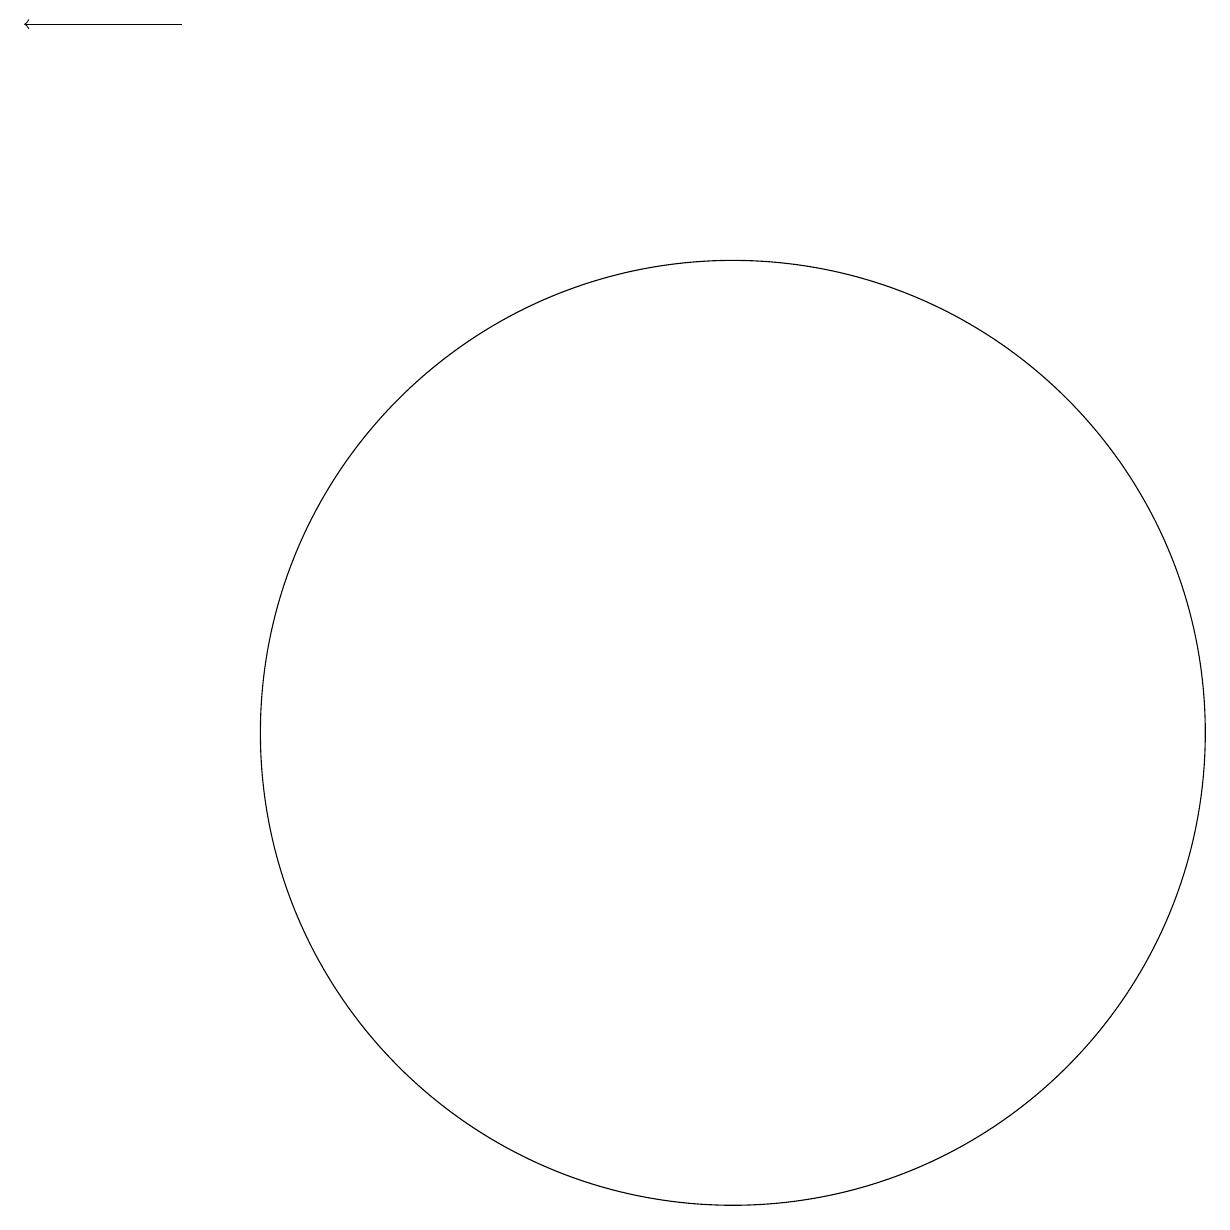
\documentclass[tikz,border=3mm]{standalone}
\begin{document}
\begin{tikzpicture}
\draw (10,10) circle (0);
\draw[->] (3,19) -- (1,19);
\draw (10,10) circle (6);
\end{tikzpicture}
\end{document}